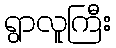
ရွာလူကြီး